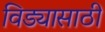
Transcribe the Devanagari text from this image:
विड्यासाठी